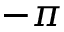
- \pi